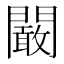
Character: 闞